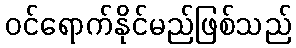
ဝင်ရောက်နိုင်မည်ဖြစ်သည်